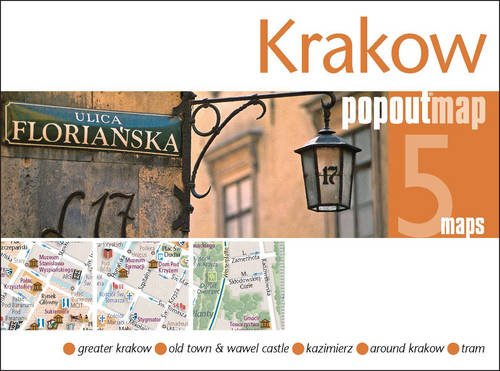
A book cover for Krakow Popout Map: Handy Pocket-Size Pop Up City Map of Krakow (Popout Maps); Travel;